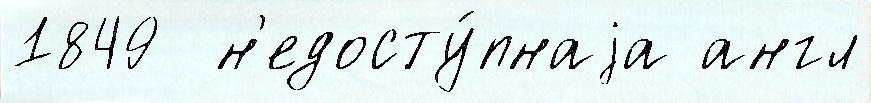
1849  н'едосту́пнаjа англ